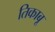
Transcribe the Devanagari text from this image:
तिकाबू